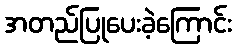
အတည်ပြုပေးခဲ့ကြောင်း